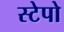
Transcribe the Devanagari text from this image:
स्टेपो